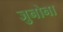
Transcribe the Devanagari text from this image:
जुनोना